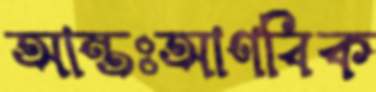
আন্তঃআণবিক